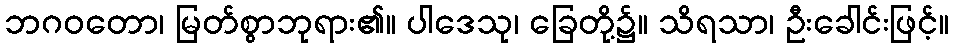
ဘဂဝတော၊ မြတ်စွာဘုရား၏။ ပါဒေသု၊ ခြေတို့၌။ သိရသာ၊ ဦးခေါင်းဖြင့်။